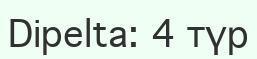
Dipelta: 4 түр